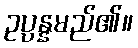
ဥပ္ပန္နမည်၏။